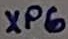
Text: XP6